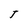
Character: J